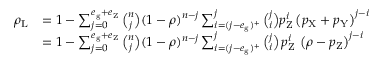
\begin{array} { r l } { \rho _ { \mathrm { L } } } & { = 1 - \sum _ { j = 0 } ^ { e _ { \mathrm g } + e _ { \mathrm Z } } \binom { n } { j } ( 1 - \rho ) ^ { n - j } \sum _ { i = ( j - e _ { \mathrm g } ) ^ { + } } ^ { j } \binom { j } { i } p _ { \mathrm { Z } } ^ { i } \left( p _ { \mathrm { X } } + p _ { \mathrm { Y } } \right) ^ { j - i } } \\ & { = 1 - \sum _ { j = 0 } ^ { e _ { \mathrm g } + e _ { \mathrm Z } } \binom { n } { j } ( 1 - \rho ) ^ { n - j } \sum _ { i = ( j - e _ { \mathrm g } ) ^ { + } } ^ { j } \binom { j } { i } \, p _ { \mathrm { Z } } ^ { i } \, \left( \rho - p _ { \mathrm { Z } } \right) ^ { j - i } } \end{array}